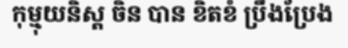
កុម្មុយនិស្ត ចិន បាន ខិតខំ ប្រឹងប្រែង